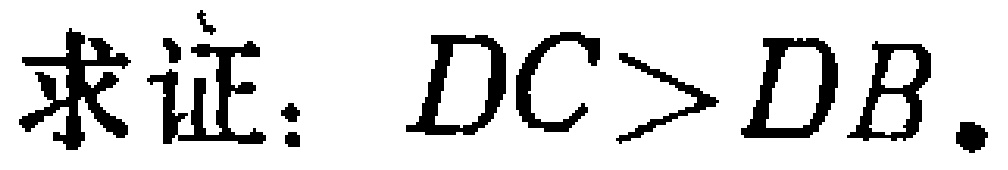
求证：\(DC>DB\).